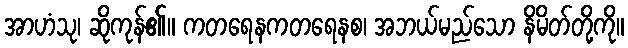
အာဟံသု၊ ဆိုကုန်၏။ ကတရေနကတရေနစ၊ အဘယ်မည်သော နိမိတ်တို့ကို။